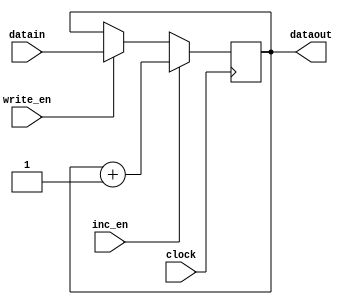
module regrinc(clock,write_en,datain,dataout,inc_en);
	
	input clock,write_en,inc_en; 
	
	input [15:0] datain; 
	
	output reg [15:0] dataout=16'd0;
	
	always @(posedge clock) 
	
		begin 
	
		if (write_en == 1) 
			dataout <= datain; 
		if (inc_en == 1) 
			dataout <= dataout + 16'd1; 
//			$display("[display] time=%0t pc_out=%0d",$time,dataout);
	end 
endmodule